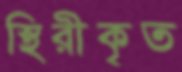
স্থিরীকৃত